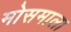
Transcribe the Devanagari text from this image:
मोसमाला